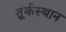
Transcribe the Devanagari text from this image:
तु्र्कस्थान